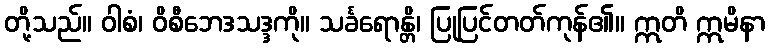
တို့သည်။ ဝါစံ၊ ဝိစီဘေဒသဒ္ဒကို။ သင်္ခရောန္တိ၊ ပြုပြင်တတ်ကုန်၏။ ဣတိ ဣမိနာ